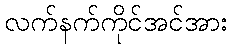
လက်နက်ကိုင်အင်အား